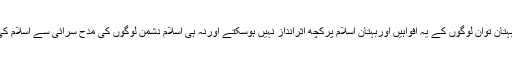
کہاں دین اسلام اورکہاں یہ افواہیں اوربہتان توان لوگوں کے یہ افواہیں اوربہتان اسلام پرکچھ اثرانداز نہیں ہوسکتے اورنہ ہی اسلام دشمن لوگوں کی مدح سرائى سے اسلام کى بلندی رفعت میں اضافہ ہوسکتا ہے ۔